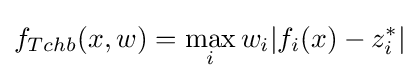
f_{Tchb}(x,w)=\max _{i}w_{i}|f_{i}(x)-z_{i}^{*}|